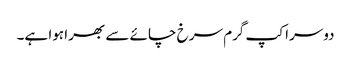
دوسرا کپ گرم سرخ چائے سے بھرا ہوا ہے۔